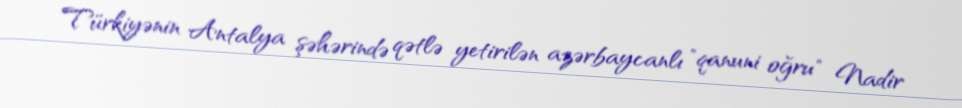
Türkiyənin Antalya şəhərində qətlə yetirilən azərbaycanlı "qanuni oğru" Nadir